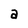
Character: a